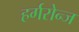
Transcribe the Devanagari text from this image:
हर्गरोन्ज